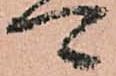
可